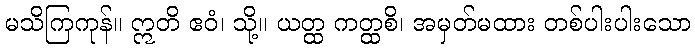
မသိကြကုန်။ ဣတိ ဧဝံ၊ သို့။ ယတ္ထ ကတ္ထစိ၊ အမှတ်မထား တစ်ပါးပါးသော